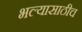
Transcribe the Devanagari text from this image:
भल्यासाठीच